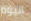
اليوم